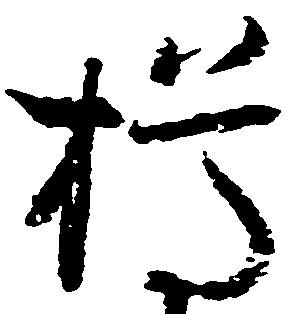
樽